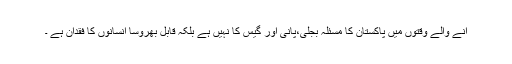
آنے والے وقتوں میں پاکستان کا مسئلہ بجلی،پانی اور گیس کا نہیں ہے بلکہ قابل بھروسا انسانوں کا فقدان ہے ۔